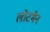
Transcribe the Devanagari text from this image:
लोटमैन